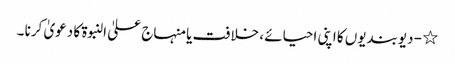
٭ - دیوبندیوں کا اپنی احیائے ، خلافت یا منہاج علیٰ النبوۃ کا دعویٰ کرنا ۔